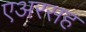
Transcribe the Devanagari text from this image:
एअरसह